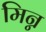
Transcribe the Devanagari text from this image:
मिन्न